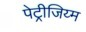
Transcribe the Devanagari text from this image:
पेट्रीजिय्म